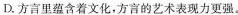
D.方言里蕴含着文化，方言的艺术表现力更强。